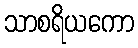
သာစရိယကော